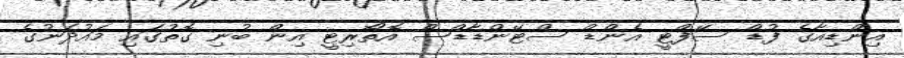
އިންޑިއާގެ ފުޑް ސޭފްޓީ އެންޑް ސްޓޭންޑާޑްސް އޮތޯރިޓީ އިން ބުނި ގޮތުގައި މައުދަނުގެ